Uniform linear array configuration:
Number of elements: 24
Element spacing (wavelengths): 0.75
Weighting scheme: binomial
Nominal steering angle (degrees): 0
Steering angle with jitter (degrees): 1.315
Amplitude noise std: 0.05
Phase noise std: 0.05

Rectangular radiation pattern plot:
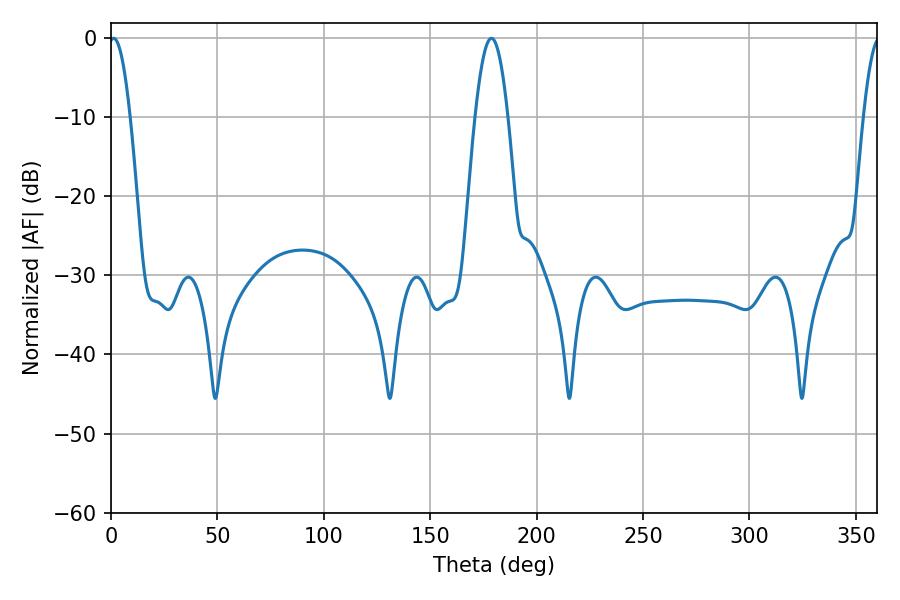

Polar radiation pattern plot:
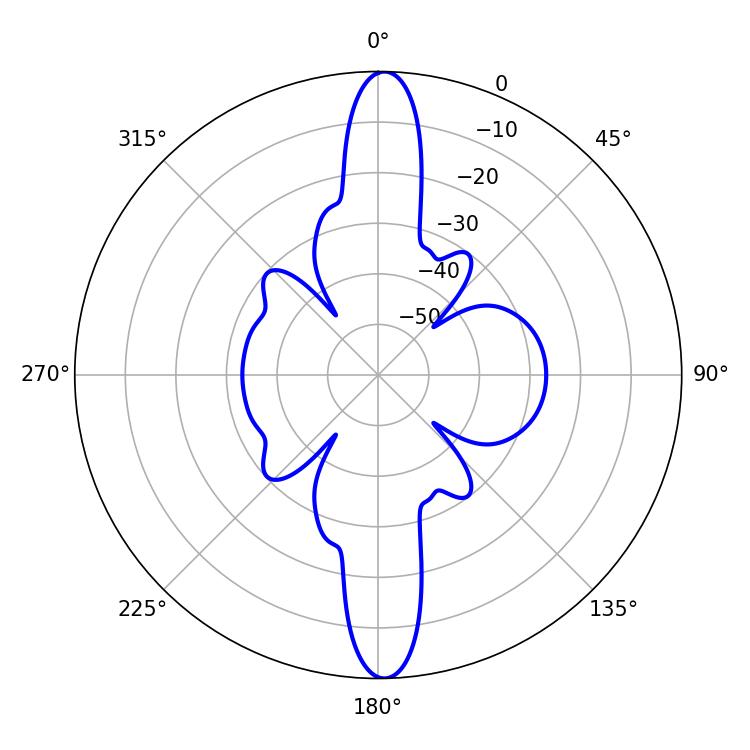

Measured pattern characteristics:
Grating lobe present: TRUE
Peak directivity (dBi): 24.234
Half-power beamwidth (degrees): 5.4
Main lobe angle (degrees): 1.26